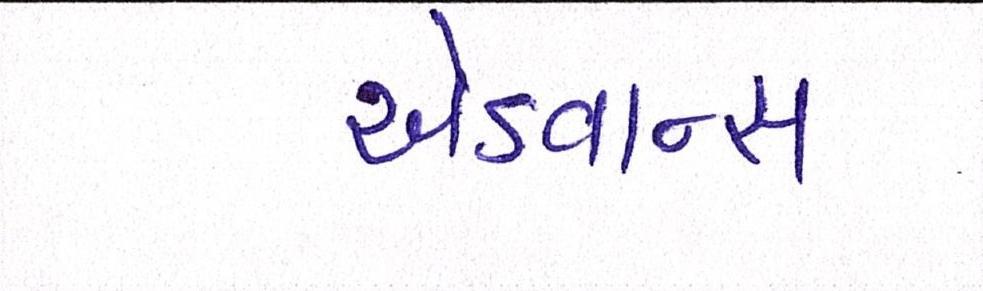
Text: એડવાન્સ